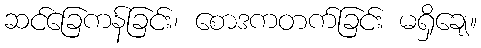
ဆင်ခြေကန်ခြင်း၊ စောဒကတက်ခြင်း မရှိချေ။